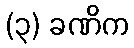
(၃) ခဏိက